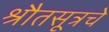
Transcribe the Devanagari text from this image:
श्रौतसूत्रचे